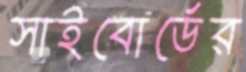
সাইবোর্ডের